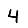
Digit: 4